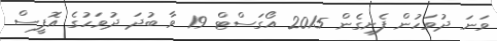
ވަނަ ދުވަހުން ފެށިގެން 2015 އޯގަސްޓް 19 ވާ ބުދަ ދުވަހުގެ އޮފީސް